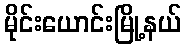
မိုင်းယောင်းမြို့နယ်